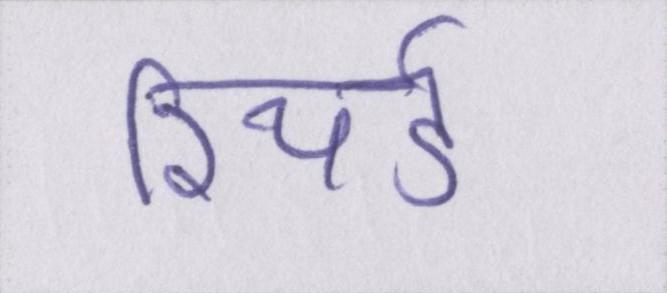
रिचर्ड